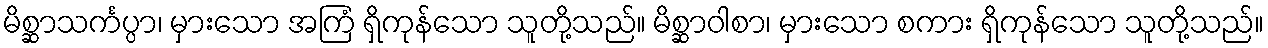
မိစ္ဆာသင်္ကပ္ပာ၊ မှားသော အကြံ ရှိကုန်သော သူတို့သည်။ မိစ္ဆာဝါစာ၊ မှားသော စကား ရှိကုန်သော သူတို့သည်။